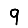
Digit: 9